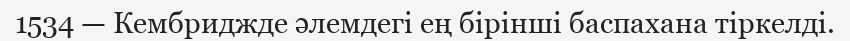
1534 — Кембриджде әлемдегі ең бірінші баспахана тiркелді.